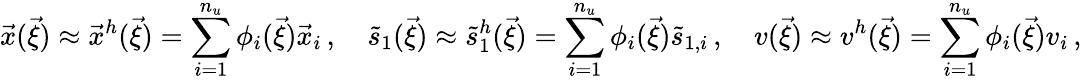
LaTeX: \vec{x}(\vec{\xi})\approx\vec{x}^{h}(\vec{\xi})=\sum_{i=1}^{n_{u}}\phi_{i}(\vec{\xi})\vec{x}_{i}\, ,\quad\tilde{s}_{1}(\vec{\xi})\approx\tilde{s}_{1}^{h}(\vec{\xi})=\sum_{i=1}^{n_{u}}\phi_{i}(\vec{\xi})\tilde{s}_{1,i}\, ,\quad v(\vec{\xi})\approx v^{h}(\vec{\xi})=\sum_{i=1}^{n_{u}}\phi_{i}(\vec{\xi})v_{i}\, ,